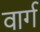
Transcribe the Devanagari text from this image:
वार्ग